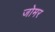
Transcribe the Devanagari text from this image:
जोमर